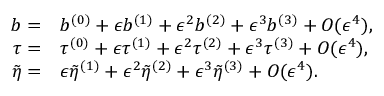
\begin{array} { r l } { b = } & { b ^ { ( 0 ) } + \epsilon b ^ { ( 1 ) } + \epsilon ^ { 2 } b ^ { ( 2 ) } + \epsilon ^ { 3 } b ^ { ( 3 ) } + O ( \epsilon ^ { 4 } ) , } \\ { \tau = } & { \tau ^ { ( 0 ) } + \epsilon \tau ^ { ( 1 ) } + \epsilon ^ { 2 } \tau ^ { ( 2 ) } + \epsilon ^ { 3 } \tau ^ { ( 3 ) } + O ( \epsilon ^ { 4 } ) , } \\ { \tilde { \eta } = } & { \epsilon \tilde { \eta } ^ { ( 1 ) } + \epsilon ^ { 2 } \tilde { \eta } ^ { ( 2 ) } + \epsilon ^ { 3 } \tilde { \eta } ^ { ( 3 ) } + O ( \epsilon ^ { 4 } ) . } \end{array}